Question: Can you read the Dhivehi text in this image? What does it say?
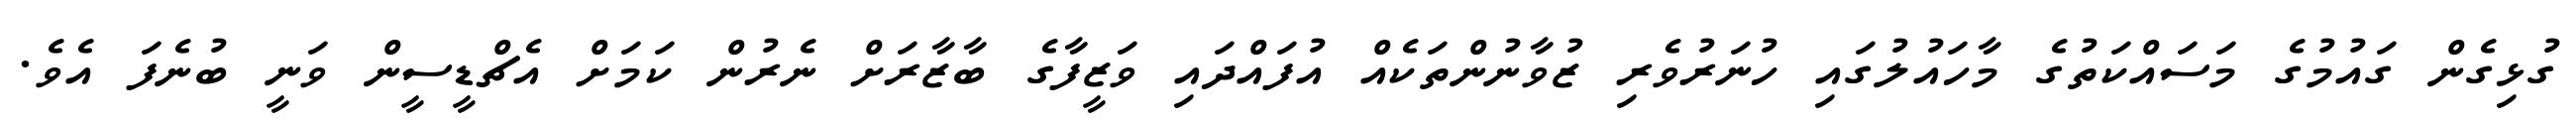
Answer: ގުޅިގެން ގައުމުގެ މަސައްކަތުގެ މާހައުލުގައި ހުނަރުވެރި ޒުވާނުންތަކެއް އުފައްދައި ވަޒީފާގެ ބާޒާރަށް ނެރުން ކަމަށް އެޗްޑީސީން ވަނީ ބުނެފަ އެވެ.